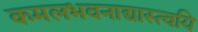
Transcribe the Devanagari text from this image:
कमलभवनाद्यास्त्वयि